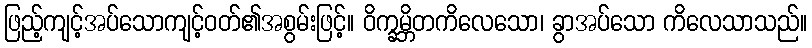
ဖြည့်ကျင့်အပ်သောကျင့်ဝတ်၏အစွမ်းဖြင့်။ ဝိက္ခမ္ဘိတကိလေသော၊ ခွာအပ်သော ကိလေသာသည်။